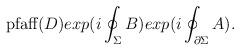
LaTeX: \begin{align*}\textup{pfaff}(D)exp(i\oint_{\Sigma}B)exp(i\oint_{\partial\Sigma}A) .\end{align*}